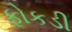
ફોકડી